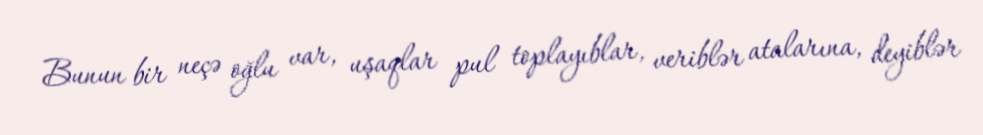
Bunun bir neçə oğlu var, uşaqlar pul toplayıblar, veriblər atalarına, deyiblər